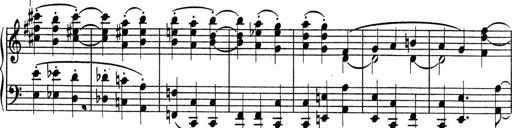
Title: Sonatina No.4
Composer: Abram Kimmell
Key: E minor